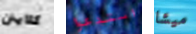
كلايتن استدعوا ميشا